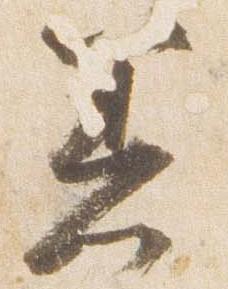
着